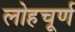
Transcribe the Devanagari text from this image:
लोहचूर्ण